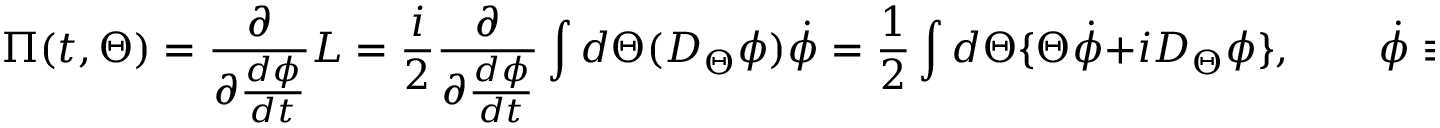
\Pi ( t , \Theta ) = \frac { \partial } { \partial \frac { d \phi } { d t } } L = \frac { i } { 2 } \frac { \partial } { \partial \frac { d \phi } { d t } } \int d \Theta ( D _ { \Theta } \phi ) \dot { \phi } = \frac { 1 } { 2 } \int d \Theta \{ \Theta \dot { \phi } + i D _ { \Theta } \phi \} , \qquad \dot { \phi } \equiv \frac { d \phi } { d t } ,